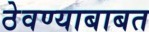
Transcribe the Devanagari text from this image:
ठेवण्याबाबत